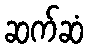
ဆက်ဆံ